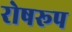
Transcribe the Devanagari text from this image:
रोषरूप